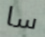
سا